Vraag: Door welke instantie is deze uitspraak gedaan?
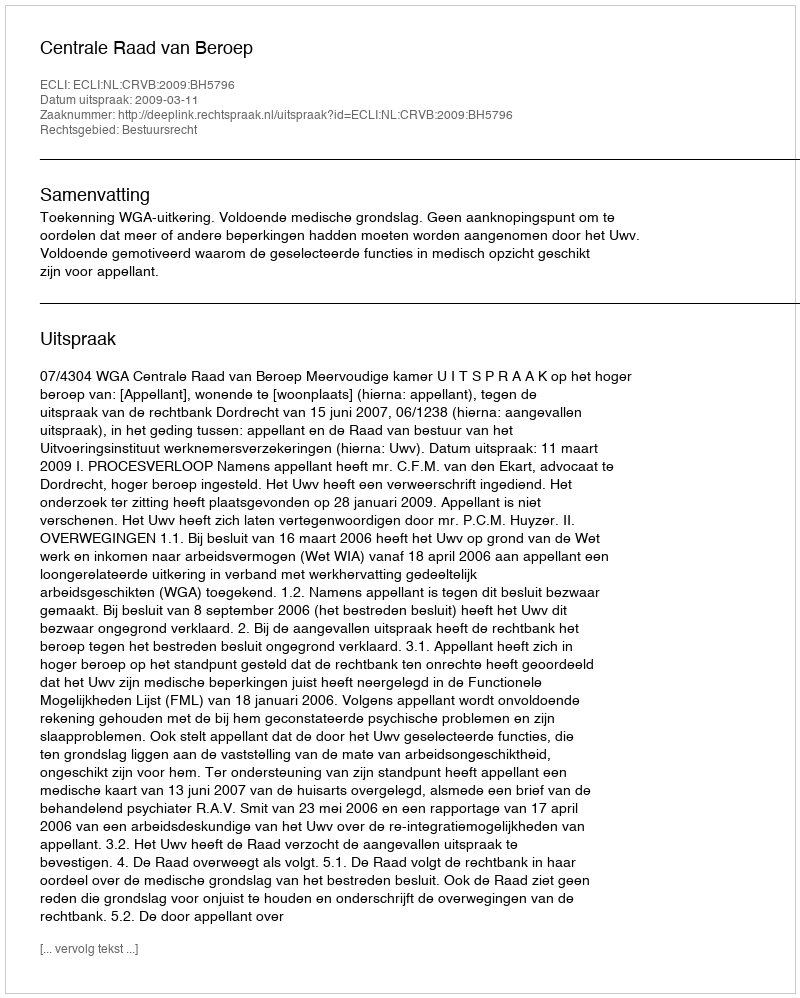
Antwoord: Centrale Raad van Beroep